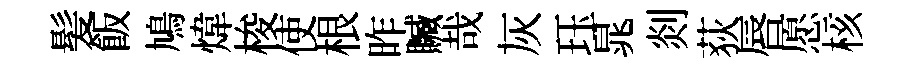
髪飯鳩煒梭使根昨贓哉灰珏晁剡荻唇愿核